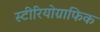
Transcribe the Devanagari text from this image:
स्टीरियोग्राफिक